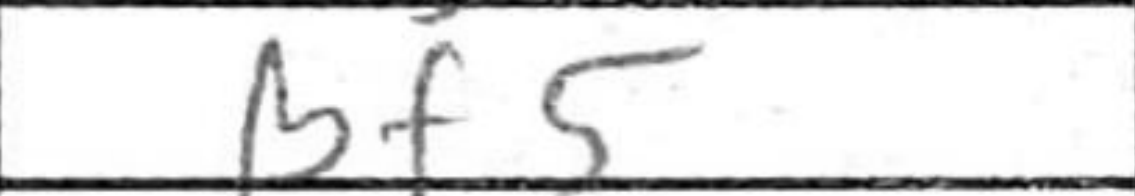
Transcription: Bf5